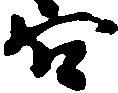
穴